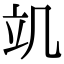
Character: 竌